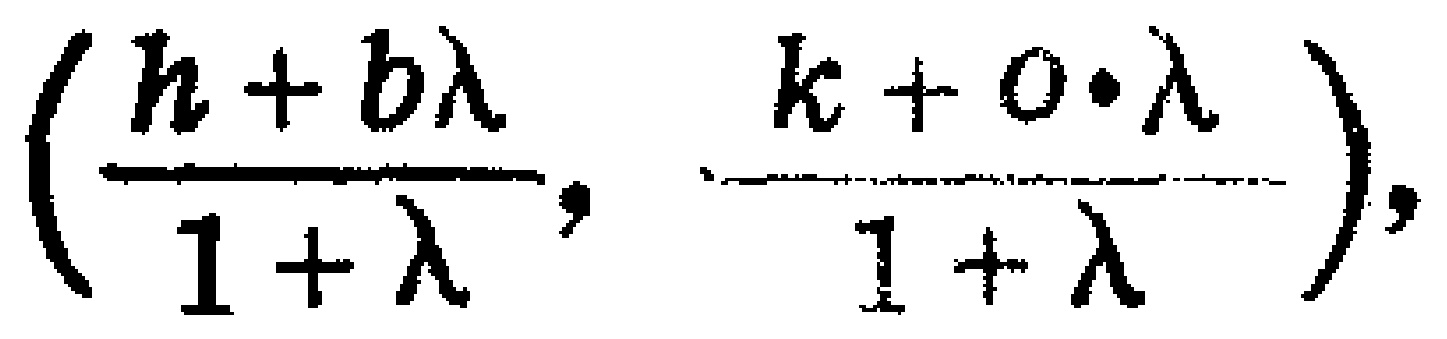
$\left(\frac{h + b\lambda}{1+\lambda},\frac{k + 0\cdot\lambda}{1+\lambda}\right),$